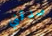
صدقني